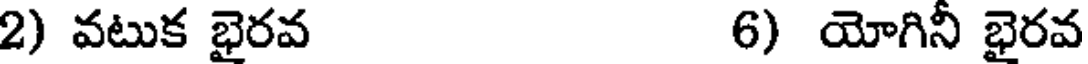
2) వటుక భైరవ 6) యోగినీ భైరవ